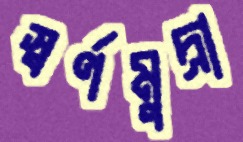
স্বর্ণমুদ্রা